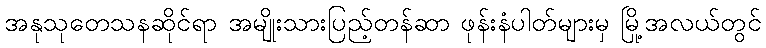
အနုသုတေသနဆိုင်ရာ အမျိုးသားပြည့်တန်ဆာ ဖုန်းနံပါတ်များမှ မြို့အလယ်တွင်